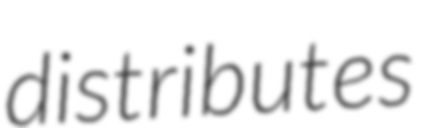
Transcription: distributes